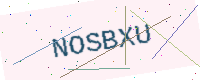
Text: NOSBXU